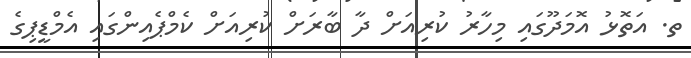
ތ. އަތޮޅު އޮމަދޫގައި މިހާރު ކުރިއަށް ދާ ބާރަށް ކުރިއަށް ކެމްޕެއިންގައި އެމްޑީޕިގެ